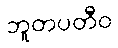
ဘူတပတီဝ